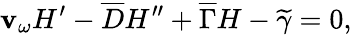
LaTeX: \mathbf{v}_{\omega}H^{\prime}-\overline{{{{D}}}}H^{\prime\prime}+\overline{{{{\Gamma}}}}H-\widetilde{{\gamma}}=0,